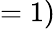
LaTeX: =1)